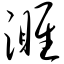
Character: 濉